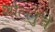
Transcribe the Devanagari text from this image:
शोल्लुंचे